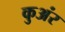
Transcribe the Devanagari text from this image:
कुअंर